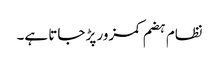
نظام ہضم کمزور پڑ جاتا ہے۔